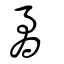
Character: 矞